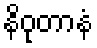
နိဝုတာနံ